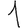
Digit: 1